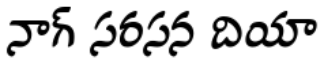
నాగ్ సరసన దియా